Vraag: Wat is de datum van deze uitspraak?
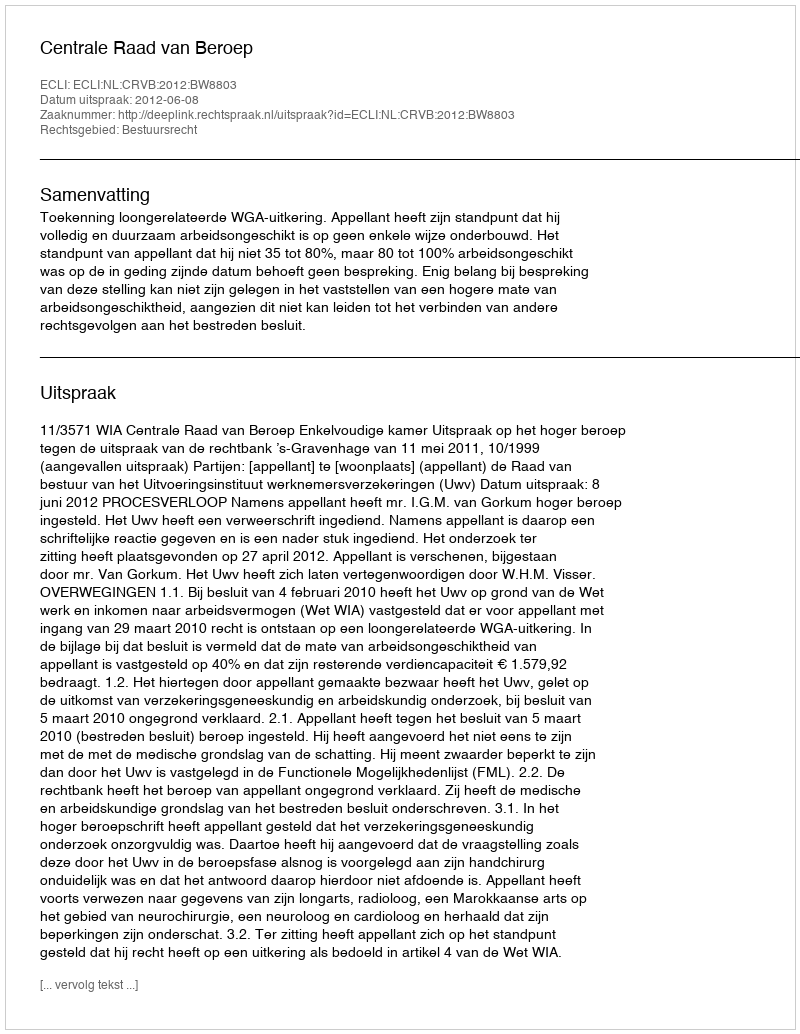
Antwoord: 2012-06-08